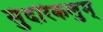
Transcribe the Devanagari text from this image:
सुंदरिकलुम्